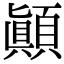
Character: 顛